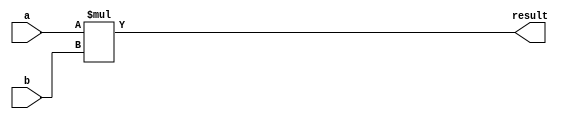
module Multiplier #(
    parameter DATA_WIDTH = 16
)(
    a,
    b,
    result
);

input  signed [DATA_WIDTH/2-1:0] a;
input  signed [DATA_WIDTH/2-1:0] b;
output signed [DATA_WIDTH-1:0] result;

assign result = a * b;

endmodule